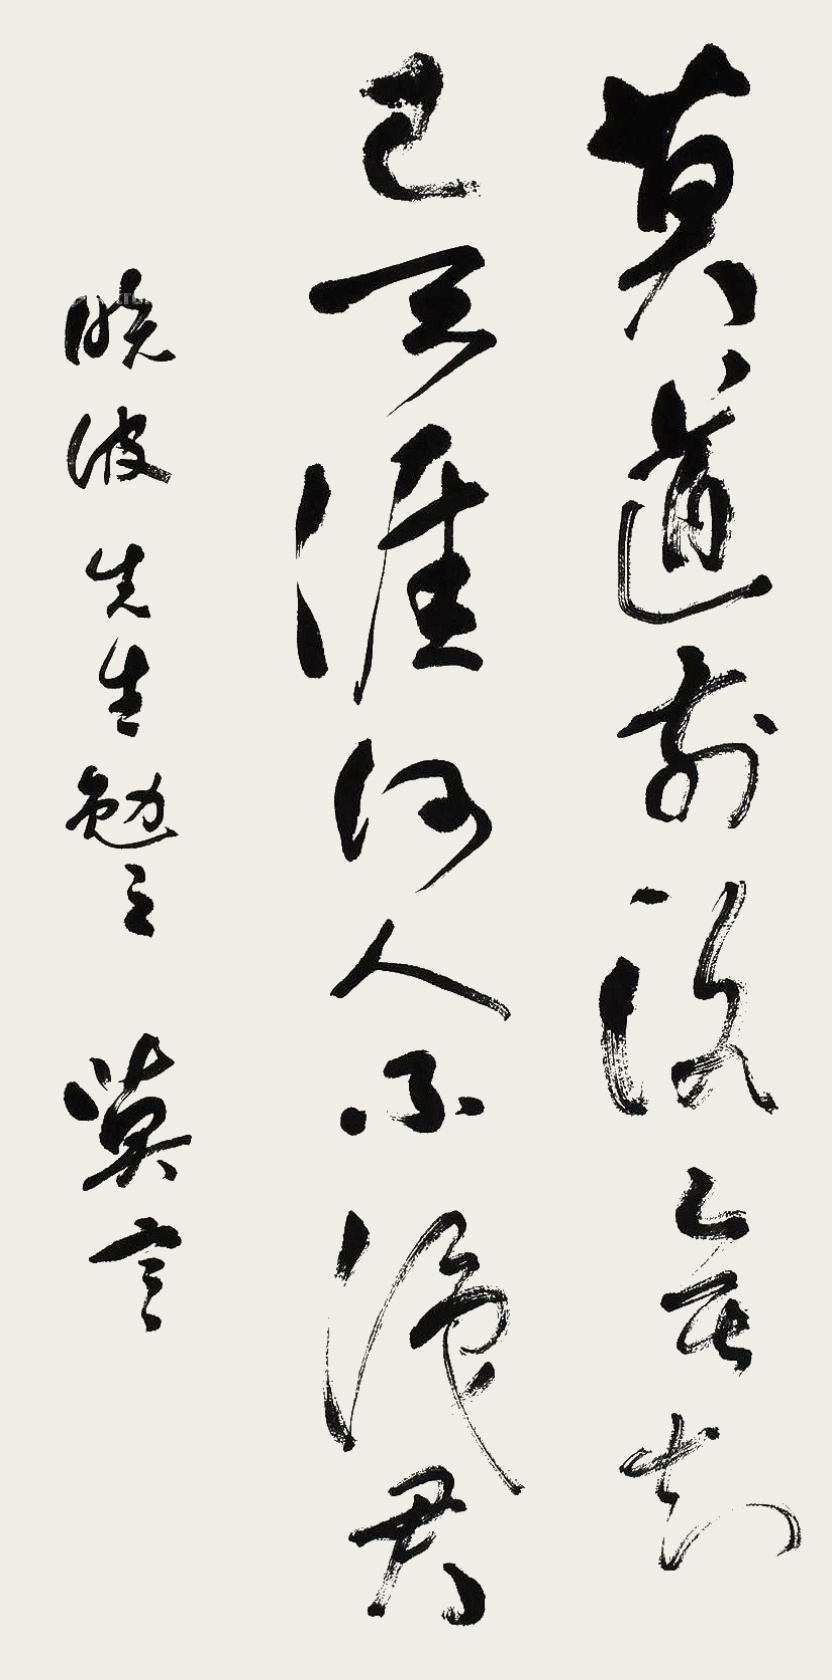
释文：莫道前路无知己，天涯何人不识君。晓波先生勉之，莫言。